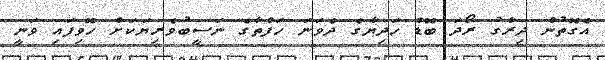
އެގޮތުން ދިރާގު ރޯދަ ބޮޑު ހަދިޔާގެ ދެވަނަ ހަފްތާގެ ނަސީބުވެރިޔަކަށް ހޮވިފައި ވަނީ